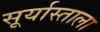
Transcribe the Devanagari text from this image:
सूर्यास्ताला